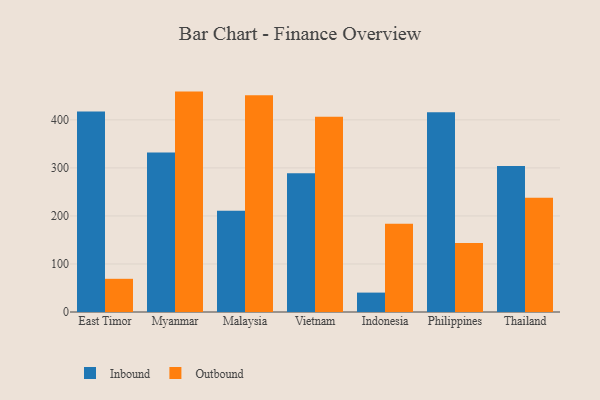
{"axis": {"x": "Country", "y": "Active Users"}, "legend": ["Inbound", "Outbound"], "data": [{"x": "East Timor", "y": 417.5, "type": "Inbound"}, {"x": "East Timor", "y": 69.1, "type": "Outbound"}, {"x": "Myanmar", "y": 332.2, "type": "Inbound"}, {"x": "Myanmar", "y": 458.9, "type": "Outbound"}, {"x": "Malaysia", "y": 211.0, "type": "Inbound"}, {"x": "Malaysia", "y": 451.5, "type": "Outbound"}, {"x": "Vietnam", "y": 288.7, "type": "Inbound"}, {"x": "Vietnam", "y": 406.7, "type": "Outbound"}, {"x": "Indonesia", "y": 40.4, "type": "Inbound"}, {"x": "Indonesia", "y": 183.5, "type": "Outbound"}, {"x": "Philippines", "y": 415.7, "type": "Inbound"}, {"x": "Philippines", "y": 143.7, "type": "Outbound"}, {"x": "Thailand", "y": 304.1, "type": "Inbound"}, {"x": "Thailand", "y": 237.8, "type": "Outbound"}]}